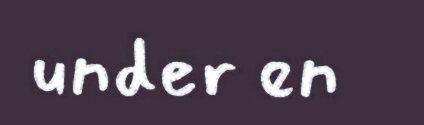
under en